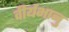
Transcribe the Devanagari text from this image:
वीर्यभानु